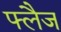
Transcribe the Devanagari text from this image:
फ्लैज